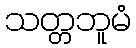
သတ္တဘူမံ